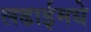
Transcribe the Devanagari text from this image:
लढाईमधे